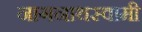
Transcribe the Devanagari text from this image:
नागनाथस्वामी